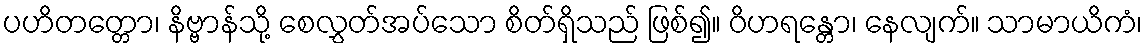
ပဟိတတ္တော၊ နိဗ္ဗာန်သို့ စေလွှတ်အပ်သော စိတ်ရှိသည် ဖြစ်၍။ ဝိဟရန္တော၊ နေလျက်။ သာမာယိကံ၊